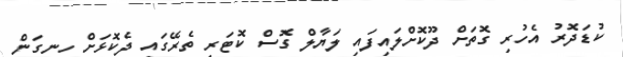
ކުޑަދޮރު އެހުރި ގޮތަށް ދޫކޮށްލައިފައި ލަޔާލް ގޮސް ކޮޓަރި ތެރޭގައި ދެކޮޅަށް ހިނގަން